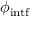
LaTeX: \phi _ { \mathrm { i n t f } }